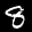
Label: 8